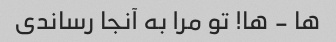
ها - ها! تو مرا به آنجا رساندی